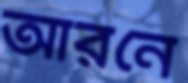
আরনে